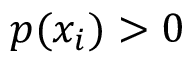
p ( x _ { i } ) > 0